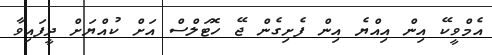
އެމްވީކޭ އިން އިއްޔެ އިން ފެށިގެން ޖޭ ހޮޓަލްސް އަށް ކުއްޔަށް ދީފައިވާ